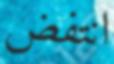
انتفض